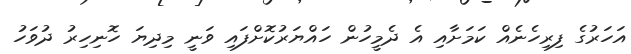
އަހަރުގެ ފިރިހެނެއް ކަމަށާއި އެ ދެމީހުން ހައްޔަރުކޮށްފައި ވަނީ މިދިޔަ ހޮނިހިރު ދުވަހު